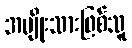
အမျိုးသားဖြစ်သူ